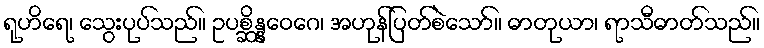
ရုဟိရေ၊ သွေးပုပ်သည်။ ဥပစ္ဆိန္နဝေဂေ၊ အဟုန်ပြတ်စဲသော်။ ဓာတုယာ၊ ရာသီဓာတ်သည်။